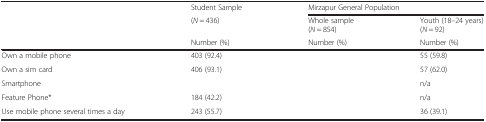
<table><thead><tr><td>[EMPTY_CELL]</td><td><b>Student Sample</b></td><td colspan="2"><b>Mirzapur General Population</b></td></tr><tr><td>[EMPTY_CELL]</td><td><b>(<i>N</i> = 436)</b></td><td><b>Whole sample(<i>N</i> = 854)</b></td><td><b>Youth (18–24 years) (<i>N</i> = 92)</b></td></tr><tr><td>[EMPTY_CELL]</td><td><b>Number (%)</b></td><td><b>Number (%)</b></td><td><b>Number (%)</b></td></tr></thead><tbody><tr><td>Own a mobile phone</td><td>403 (92.4)</td><td>[EMPTY_CELL]</td><td>55 (59.8)</td></tr><tr><td>Own a sim card</td><td>406 (93.1)</td><td>[EMPTY_CELL]</td><td>57 (62.0)</td></tr><tr><td>Smartphone</td><td>[EMPTY_CELL]</td><td>[EMPTY_CELL]</td><td>n/a</td></tr><tr><td>Feature Phone*</td><td>184 (42.2)</td><td>[EMPTY_CELL]</td><td>n/a</td></tr><tr><td>Use mobile phone several times a day</td><td>243 (55.7)</td><td>[EMPTY_CELL]</td><td>36 (39.1)</td></tr></tbody></table>